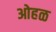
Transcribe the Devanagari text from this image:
ओहळ